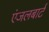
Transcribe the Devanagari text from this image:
एंजलबार्ट